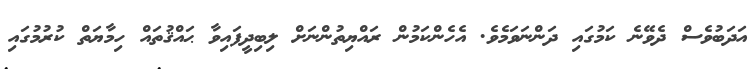
އަދަބުވެސް ދެވޭނެ ކަމުގައި ދަންނަވަމެވެ. އެހެންކަމުން ރައްޔިތުންނަށް ލިބިދީފައިވާ ޙައްޤުތައް ހިމާޔަތް ކުރުމުގައި